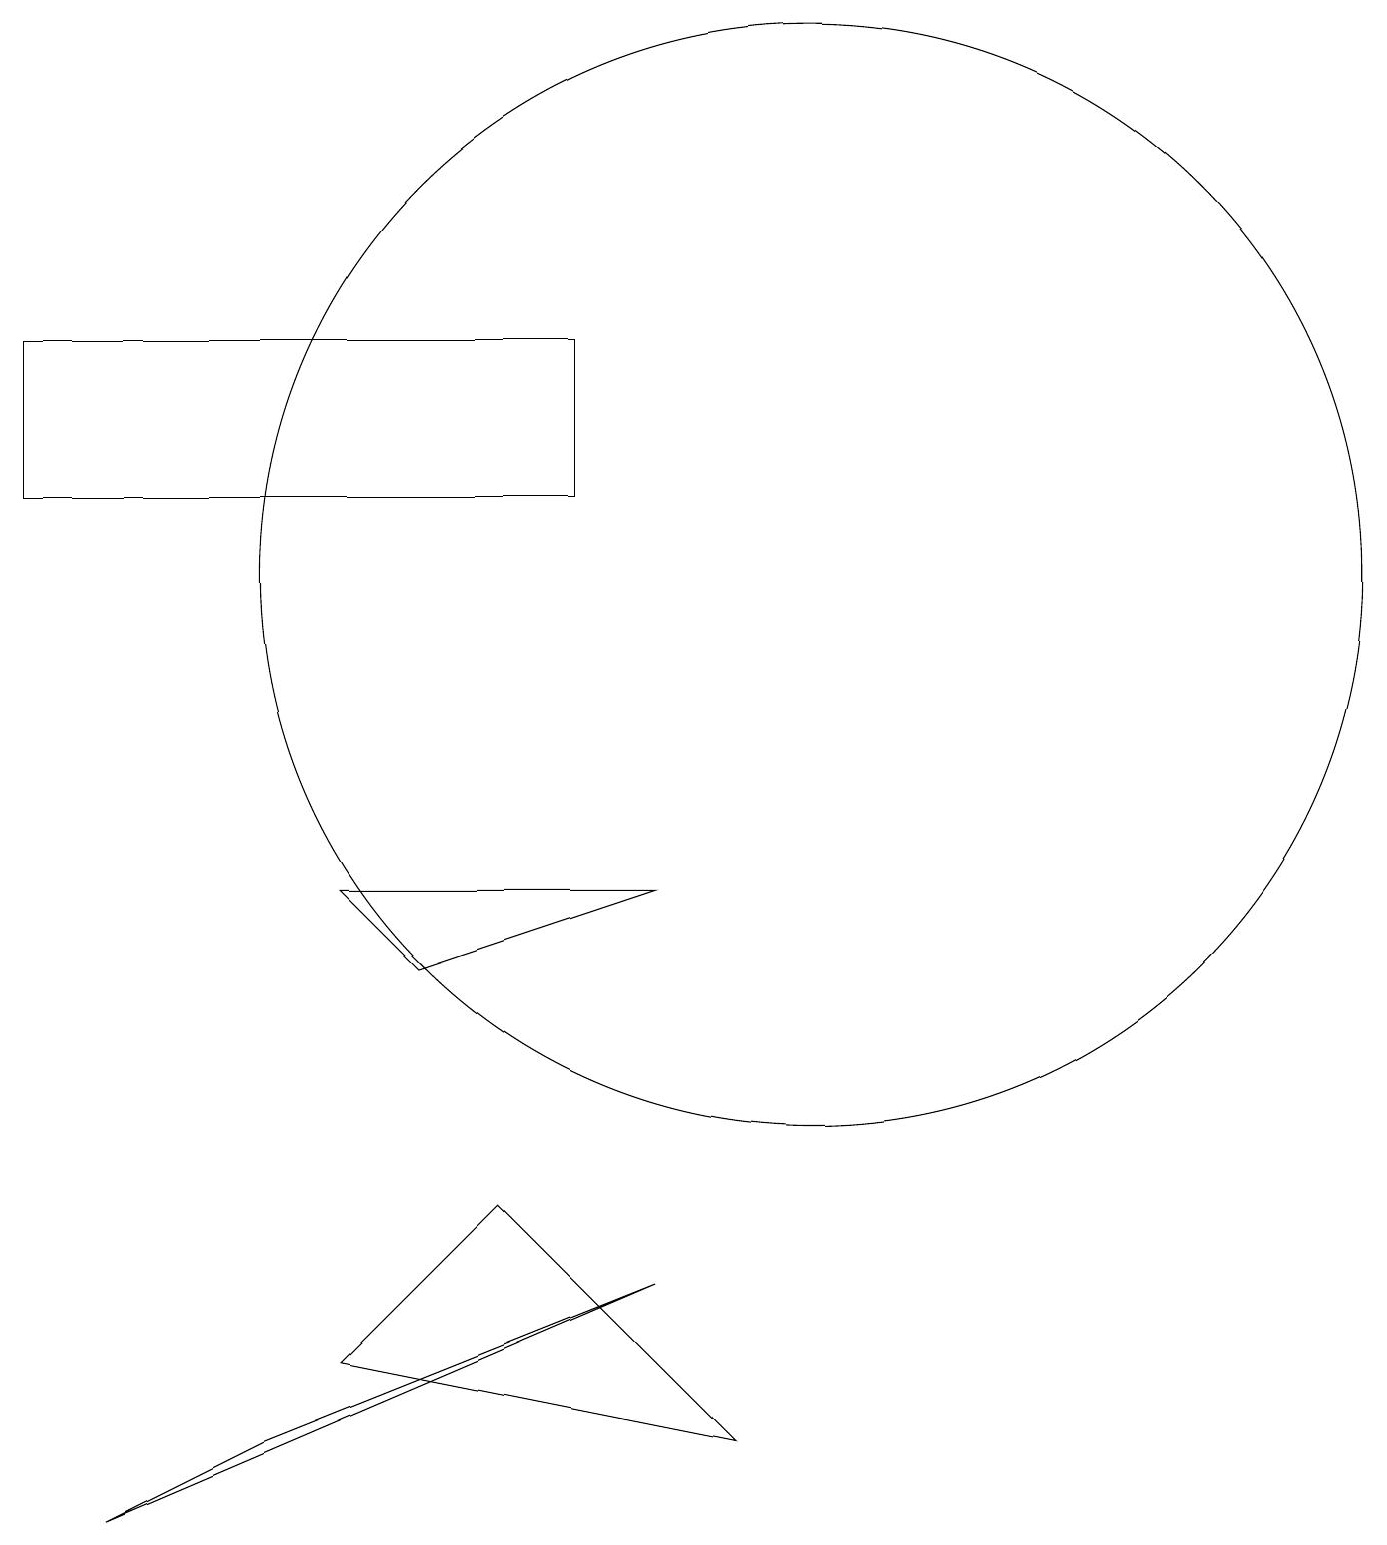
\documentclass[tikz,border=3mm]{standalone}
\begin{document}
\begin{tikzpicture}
\draw (10,10) circle (0);
\draw (1,0) -- (3,1) -- (8,3) -- cycle;
\draw (4,2) -- (6,4) -- (9,1) -- cycle;
\draw (0,13) rectangle (7,15);
\draw (5,7) -- (8,8) -- (4,8) -- cycle;
\draw (10,12) circle (7);
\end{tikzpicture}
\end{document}